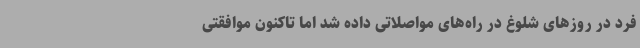
فرد در روزهای شلوغ در راه‌های مواصلاتی داده شد اما تاکنون موافقتی